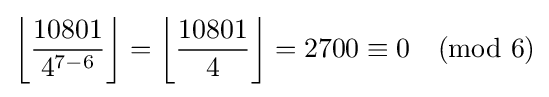
\left\lfloor {\frac {10801}{4^{7-6}}}\right\rfloor =\left\lfloor {\frac {10801}{4}}\right\rfloor =2700\equiv 0{\pmod {6}}